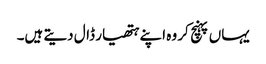
یہاں پہنچ کر وہ اپنے ہتھیار ڈال دیتے ہیں۔